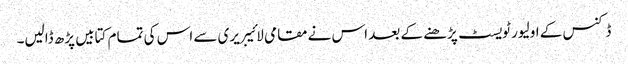
ڈکنس کے اولیور ٹویسٹ پڑھنے کے بعد اس نے مقامی لائیبریری سے اس کی تمام کتابیں پڑھ ڈالیں۔